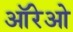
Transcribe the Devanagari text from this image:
ऑरेओ